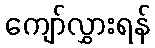
ကျော်လွှားရန်